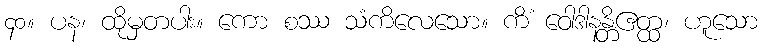
၄၀။ ပန၊ ထိုမှတပါး။ ကော စဿ သံကိလေသော။ ကိံ ဝေါဒါနန္တိဧတ္ထ၊ ဟူသော